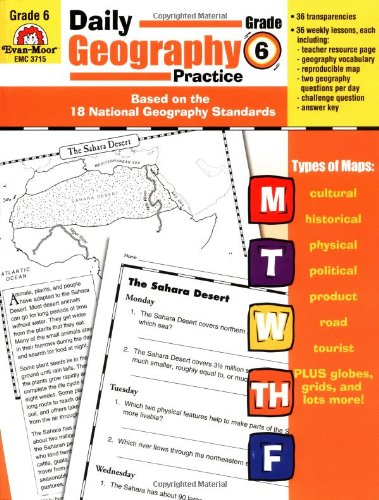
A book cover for Daily Geography Practice: Grade 6; Evan Moor; Science & Math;